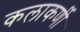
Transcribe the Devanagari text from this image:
कलाकर्णी